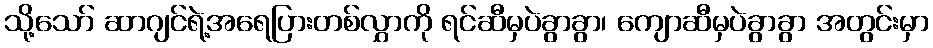
သို့သော် ဆာဂျင်ရဲ့အရေပြားတစ်လွှာကို ရင်ဆီမှပဲခွာခွာ၊ ကျောဆီမှပဲခွာခွာ အတွင်းမှာ